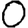
Digit: 0